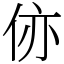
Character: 㑊